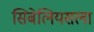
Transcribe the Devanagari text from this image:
सिबेलियसला